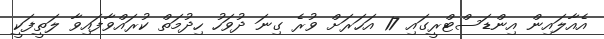
އެއާލައިން އިންޑަސްޓްރީގައި 17 އަހަރަށް ވުރެ ގިނަ ދުވަހު ހިދުމަތް ކުރައްވާފައިވާ ލަތީފަކީ